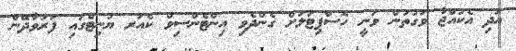
އަދި އެކުއްޖާ ވަގުތުން ވަނީ ހޮސްޕިޓަލަށް ގެންދެވި އިންޓެންސިވް ކެއަރ ޔުނިޓްގައި ފަރުވާދޭން